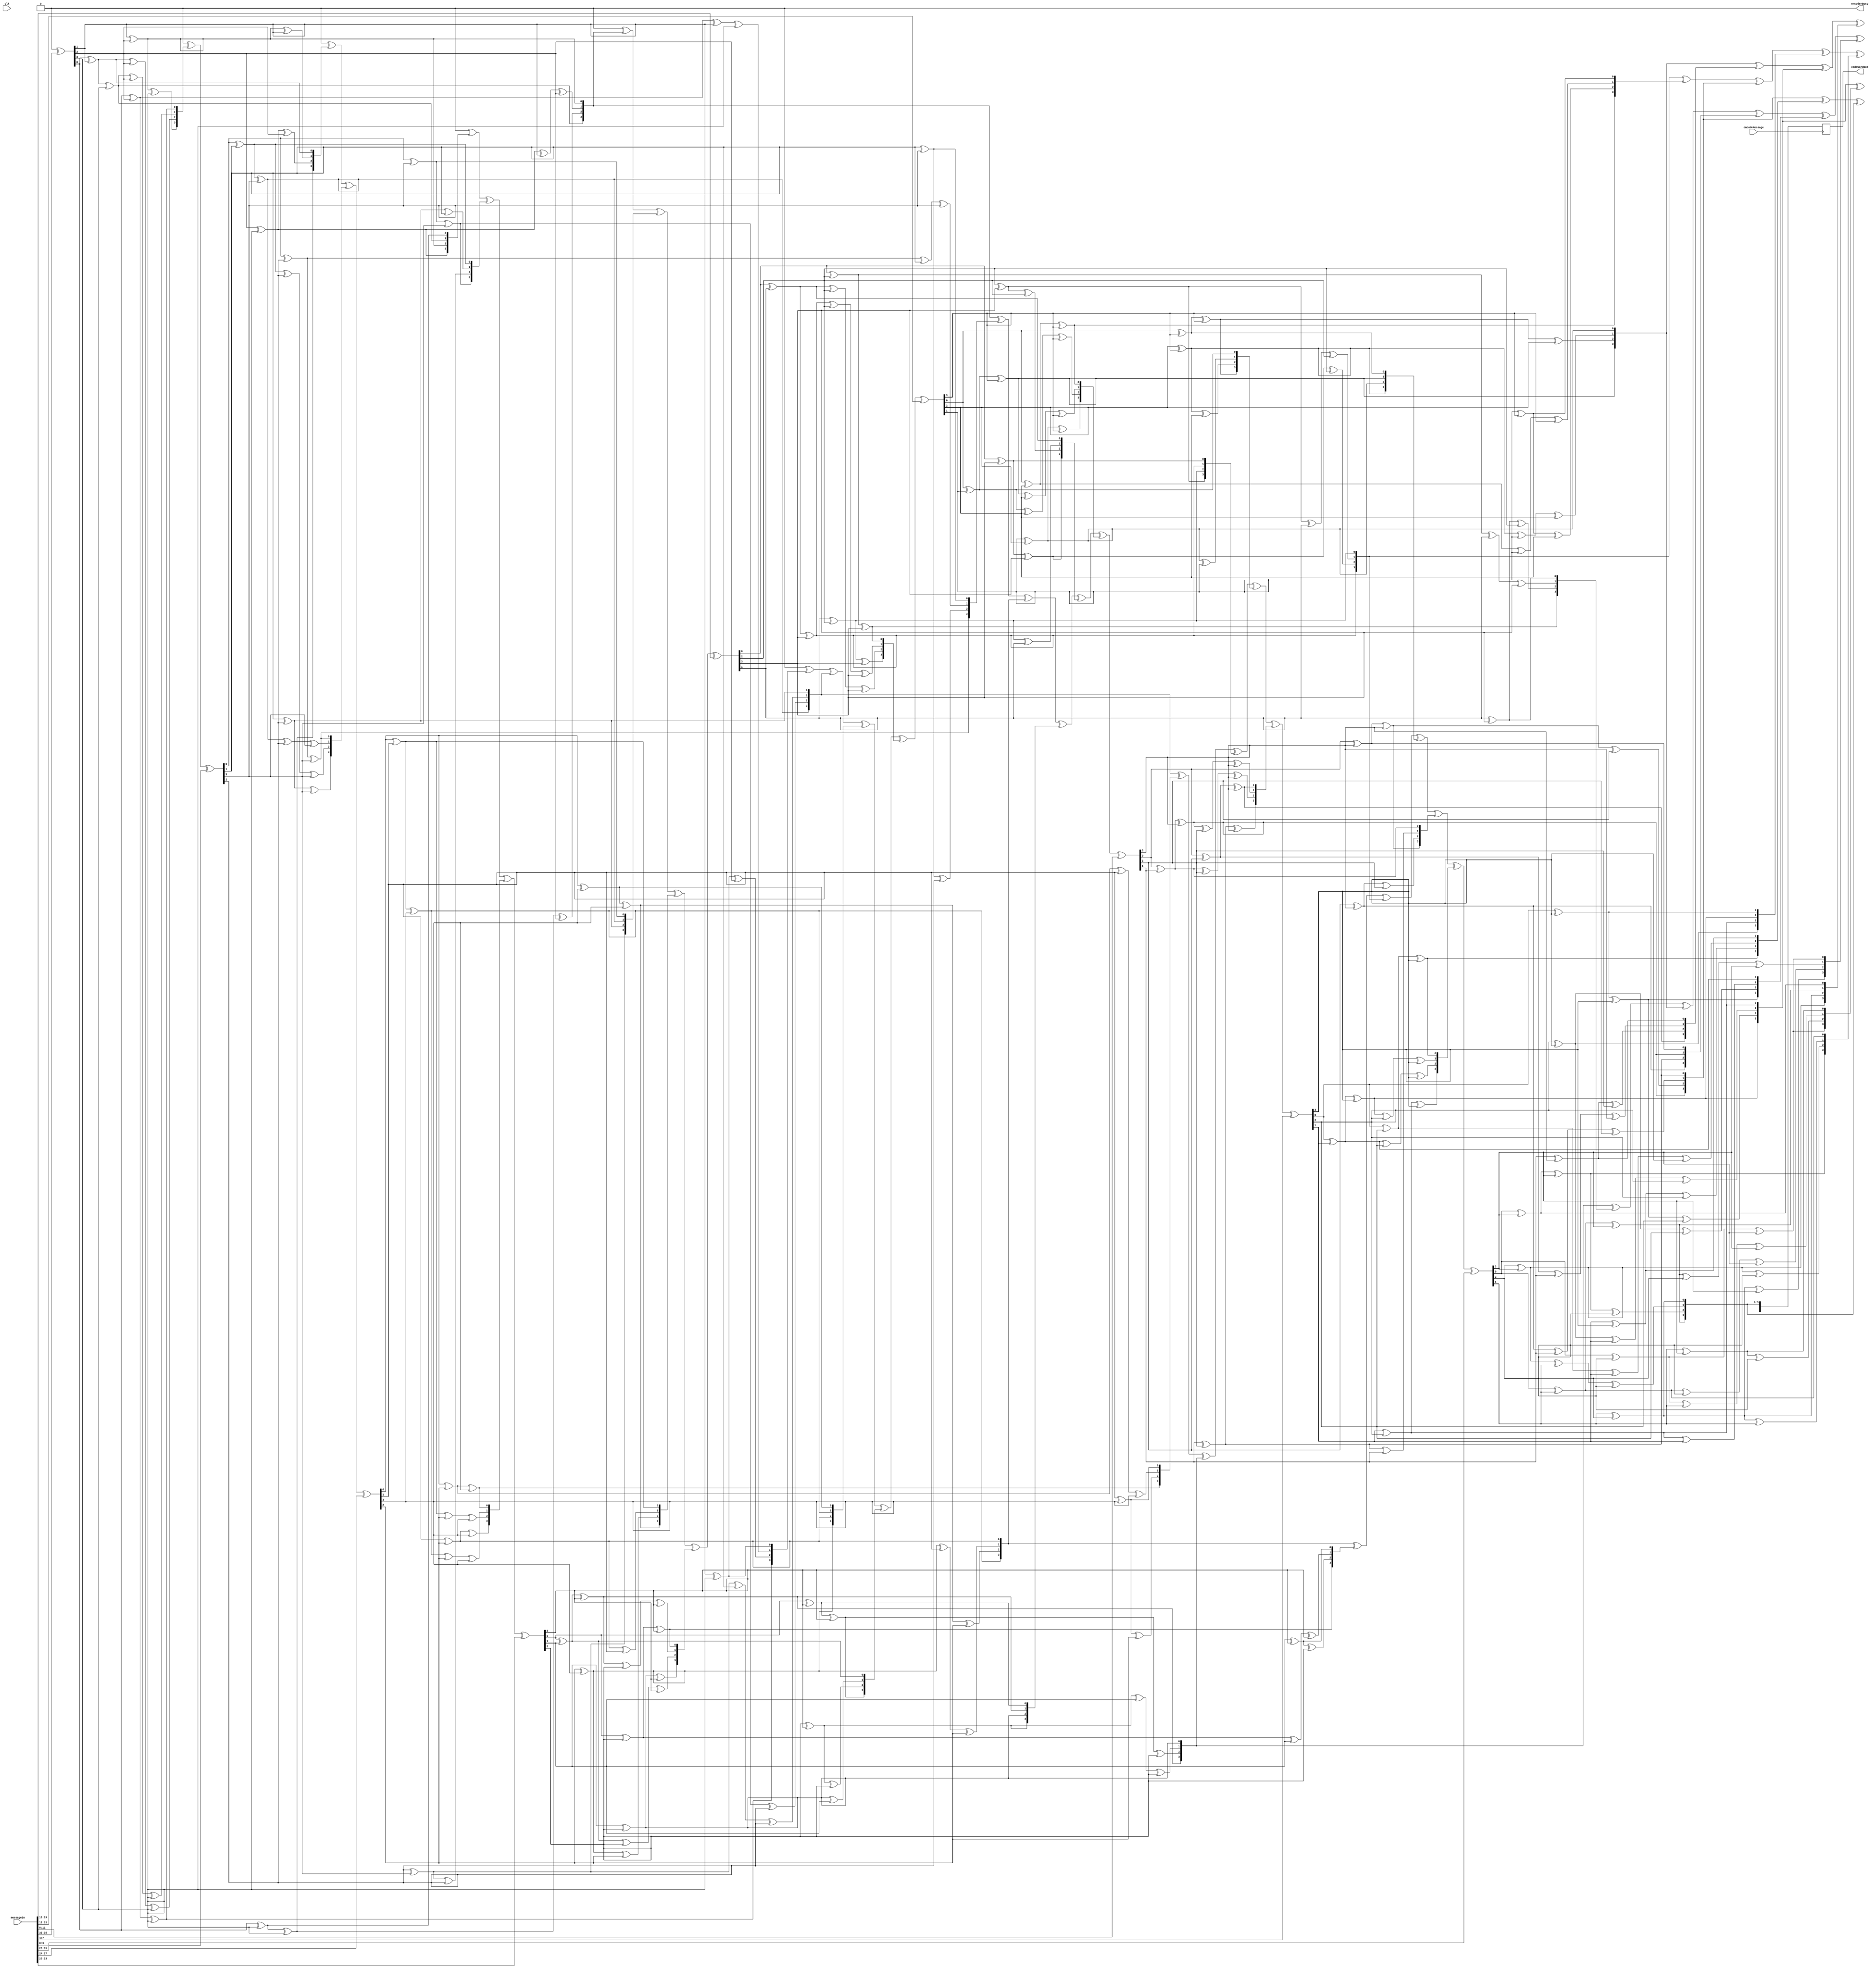
module encodingCont(
input [35:0] messageIn,
input clk,
input encodeMessage,
output reg [59:0] codeWordOut,
output reg encoderBusy
); 
//====================================================================================================================
    reg [3:0] galoisField [15:0]; // n = 15 GF elements of length m = 4
    reg [3:0] parityInfo [5:0] ; //CK(X)
    reg [3:0] message [8:0]; //M(X)
    reg [3:0] codeWord [14:0]; //C(X) = [X^(n-k)]M(X) + CK(X)
    reg [3:0] shiftRegister [5:0]; 
    reg [3:0] shiftRegisterOld [5:0]; 
    reg [4:0] vectorTemp;
    
    integer i,j;
//====================================================================================================================    
  initial begin
    encoderBusy = 0;
    //Initialization
      for (i = 0; i < 15; i = i + 1) begin
        parityInfo[i] = 4'b0;
      end

      for (i = 0; i < 15; i = i + 1) begin
        codeWord[i] = 4'b0;
      end

       // Establishing GF elements (alpha_i values)
/*      galoisField[0] = 4'b0001; //alpha^0
      galoisField[1] = 4'b0010; //alpha^1
      galoisField[2] = 4'b0100; //alpha^2
      galoisField[3] = 4'b1000; //alpha^3
      galoisField[4] = 4'b0011; //alpha^4
      galoisField[5] = 4'b0110; //alpha^5
      galoisField[6] = 4'b1100; //alpha^6
      galoisField[7] = 4'b1011; //alpha^7
      galoisField[8] = 4'b0101; //alpha^8
      galoisField[9] = 4'b1010; //alpha^9
      galoisField[10] = 4'b0111; //alpha^10
      galoisField[11] = 4'b1110; //alpha^11
      galoisField[12] = 4'b1111; //alpha^12
      galoisField[13] = 4'b1101; //alpha^13
      galoisField[14] = 4'b1001; //alpha^14
      galoisField[15] = 4'b0000; //zero */
  end
  always @(posedge encodeMessage)begin  
    encoderBusy = 1;
    //Unpack message
    for (i = 0; i <= 8; i = i + 1) begin
      message[i] = messageIn[4*i +: 4]; //[<start_bit> +: <width>] indexed part select
    end
  
    //-------------------------------------------------------------------------
    // Following Appendix A from Tutorial on Reed-Solomon Error Correction Coding
    //Case 0
    for (i = 0; i < 6; i = i + 1) begin
      shiftRegister[i] = 4'b0000;
    end
    //Case 1 through k=9
    for (i = 8; i > -1; i = i - 1) begin
      for (j = 0; j < 15; j = j + 1) begin
        shiftRegisterOld[j] = shiftRegister[j];
      end

      //X^0 = (X^5_old + M_i(X))alpha^6
      vectorTemp = shiftRegisterOld[5] ^ message[i];
      shiftRegister[0] = multiply(vectorTemp, 4'b1100); 

      //X^1 = X^0_old + (X^5_old + M_i(X))alpha^9
      vectorTemp = shiftRegisterOld[5] ^ message[i];
      vectorTemp = multiply(vectorTemp, 4'b1010);
      shiftRegister[1] = shiftRegisterOld[0] ^ vectorTemp;

      //X^2 = X^1_old + (X^5_old + M_i(X))alpha^6
      vectorTemp = shiftRegisterOld[5] ^ message[i];
      vectorTemp = multiply(vectorTemp, 4'b1100);
      shiftRegister[2] = shiftRegisterOld[1] ^ vectorTemp;

      //X^3 = X^2_old + (X^5_old + M_i(X))alpha^4
      vectorTemp = shiftRegisterOld[5] ^ message[i];
      vectorTemp = multiply(vectorTemp, 4'b0011);
      shiftRegister[3] = shiftRegisterOld[2] ^ vectorTemp;

      //X^4 = X^3_old + (X^5_old + M_i(X))alpha^14
      vectorTemp = shiftRegisterOld[5] ^ message[i];
      vectorTemp = multiply(vectorTemp, 4'b1001);
      shiftRegister[4] = shiftRegisterOld[3] ^ vectorTemp;

      //X^5 = X^4_old + (X^5_old + M_i(X))alpha^10
      vectorTemp = shiftRegisterOld[5] ^ message[i];
      vectorTemp = multiply(vectorTemp, 4'b0111);
      shiftRegister[5] = shiftRegisterOld[4] ^ vectorTemp;      
    end
    //C(X) = X^{n-k}*M(X) + CK(X)
    for (i = 0; i < 15; i = i + 1) begin
      if (i < 6) codeWord[i] = shiftRegister[i];        
      else codeWord[i] = message[i - 6];
    end
    
    //Pack codeWord
    for (i = 0; i <= 14; i = i + 1) begin
      codeWordOut[4*i +: 4] = codeWord[i]; //[<start_bit> +: <width>] indexed part select
    end
    encoderBusy = 0;
  end

  function [3:0] multiply; //GF multiplication
  input [3:0] a, b;
    begin
        multiply[3] = (a[0]&b[3]) ^ (a[1]&b[2]) ^ (a[2]&b[1]) ^ (a[3]&b[0]) ^ (a[3]&b[3]);
        multiply[2] = (a[0]&b[2]) ^ (a[1]&b[1]) ^ (a[2]&b[0]) ^ (a[3]&b[3]) ^ (a[3]&b[2]) ^ (a[2]&b[3]);
        multiply[1] = (a[0]&b[1]) ^ (a[1]&b[0]) ^ (a[3]&b[2]) ^ (a[2]&b[3]) ^ (a[1]&b[3]) ^ (a[2]&b[2]) ^ (a[3]&b[1]);
        multiply[0] = (a[0]&b[0]) ^ (a[1]&b[3]) ^ (a[2]&b[2]) ^ (a[3]&b[1]);
    end
  endfunction
endmodule